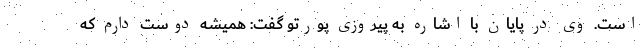
است. وی در پایان با اشاره به پیروزی پورتو گفت: همیشه دوست دارم که